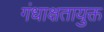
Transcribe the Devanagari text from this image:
गंधाक्षतायुक्त